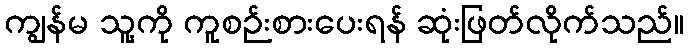
ကျွန်မ သူ့ကို ကူစဉ်းစားပေးရန် ဆုံးဖြတ်လိုက်သည်။